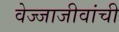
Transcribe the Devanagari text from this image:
वेज्जाजीवांची